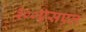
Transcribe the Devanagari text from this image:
३००एसएल